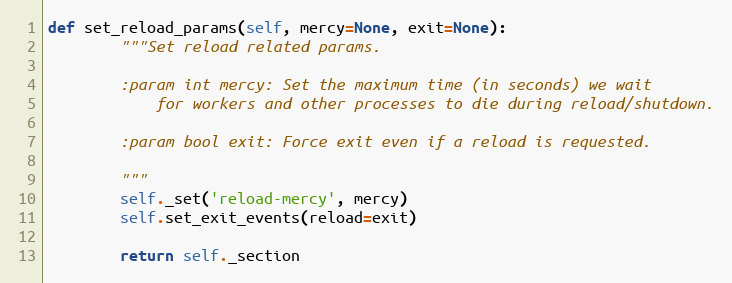
Language: Python
def set_reload_params(self, mercy=None, exit=None):
        """Set reload related params.

        :param int mercy: Set the maximum time (in seconds) we wait
            for workers and other processes to die during reload/shutdown.

        :param bool exit: Force exit even if a reload is requested.

        """
        self._set('reload-mercy', mercy)
        self.set_exit_events(reload=exit)

        return self._section